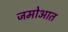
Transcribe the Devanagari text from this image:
जमोआत